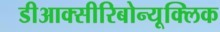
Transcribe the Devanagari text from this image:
डीआक्सीरिबोन्यूक्लिक